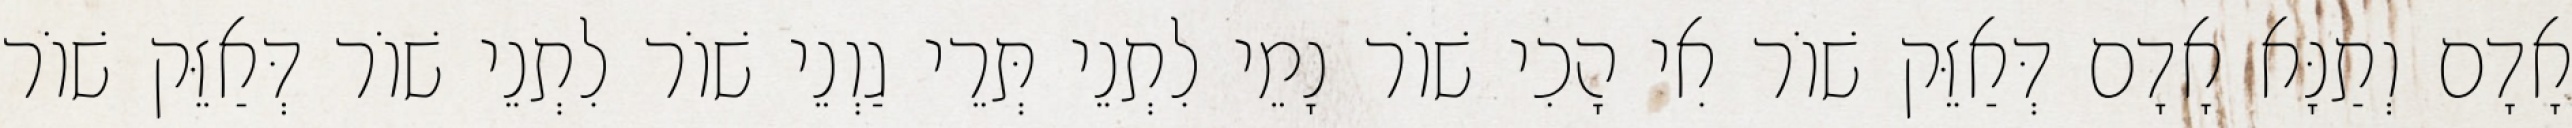
אָדָם וְתַנָּא אָדָם דְּאַזֵּק שׁוֹר אִי הָכִי שׁוֹר נָמֵי לִתְנֵי תְּרֵי גַוְנֵי שׁוֹר לִתְנֵי שׁוֹר דְּאַזֵּק שׁוֹר